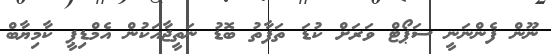
ނޫން ފެންނަނީ ސަޕޯޓް ވަރަށް ކުޑަ ތަފާތު ބޮޑު ނަތީޖާއަކުން އެމްޑިޕީ ކާމިޔާބް